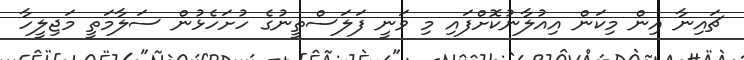
ޗައިނާ އިން މިކަން އިއުލާނުކޮށްފައި މި ވަނީ ފަލަސްތީނުގެ ހުށަހެޅުން ސަލާމަތީ މަޖިލީހާ